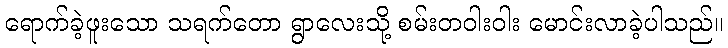
ရောက်ခဲ့ဖူးသော သရက်တော ရွာလေးသို့ စမ်းတဝါးဝါး မောင်းလာခဲ့ပါသည်။